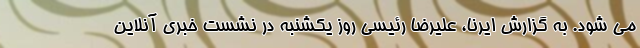
می شود. به گزارش ایرنا، علیرضا رئیسی روز یکشنبه در نشست خبری آنلاین